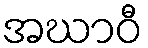
အဃာဝီ